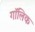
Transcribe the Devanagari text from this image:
गॉलिक